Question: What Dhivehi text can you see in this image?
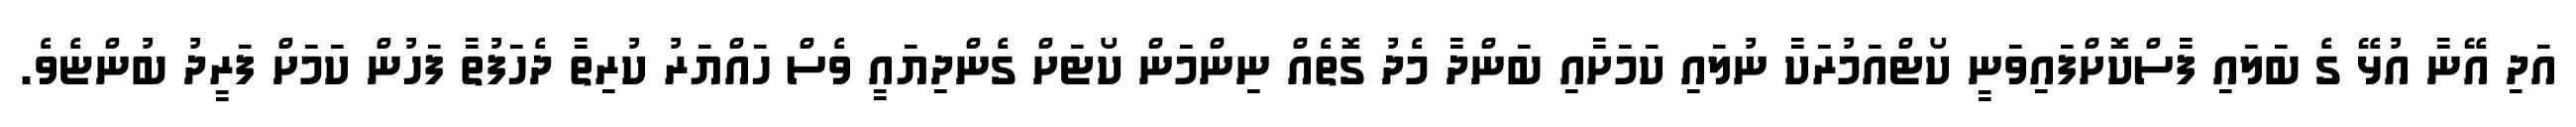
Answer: އަދި އޭނާ އުޅޭ ގެ ބަލައި ފާސްކޮށްފައިވަނީ ކޯޓްއަމުރަކާ ނުލައި ކަމަށާއި ބަންދާ މެދު ގޮތެއް ނިންމަން ކޯޓަށް ގެންދިޔައީ ވެސް ހައްޔަރު ކުރިތާ ދެހަފުތާ ފަހުން ކަމަށް ފަރީދު ބުންޏެވެ.